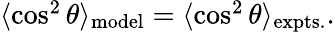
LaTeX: \begin{array}{r}{\langle\cos^{2}\theta\rangle_{\textrm{model}}=\langle\cos^{2}\theta\rangle_{\textrm{expts.}}.}\end{array}